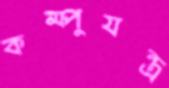
কম্পুযন্ত্র